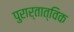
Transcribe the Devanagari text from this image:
पुरार्तात्विक